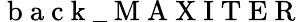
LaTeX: \mathrm{~b~a~c~k~\_ ~M~A~X~I~T~E~R~}